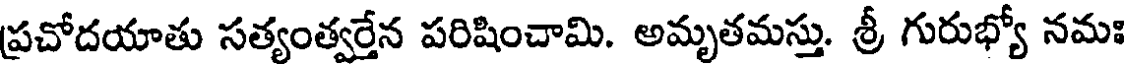
ప్రచోదయాతు సత్యంత్వర్తేన పరిషించామి. అమృతమస్తు. శ్రీ గురుభ్యో నమః